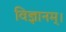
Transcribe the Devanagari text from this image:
विज्ञानम्।